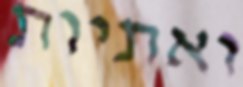
ואתיות